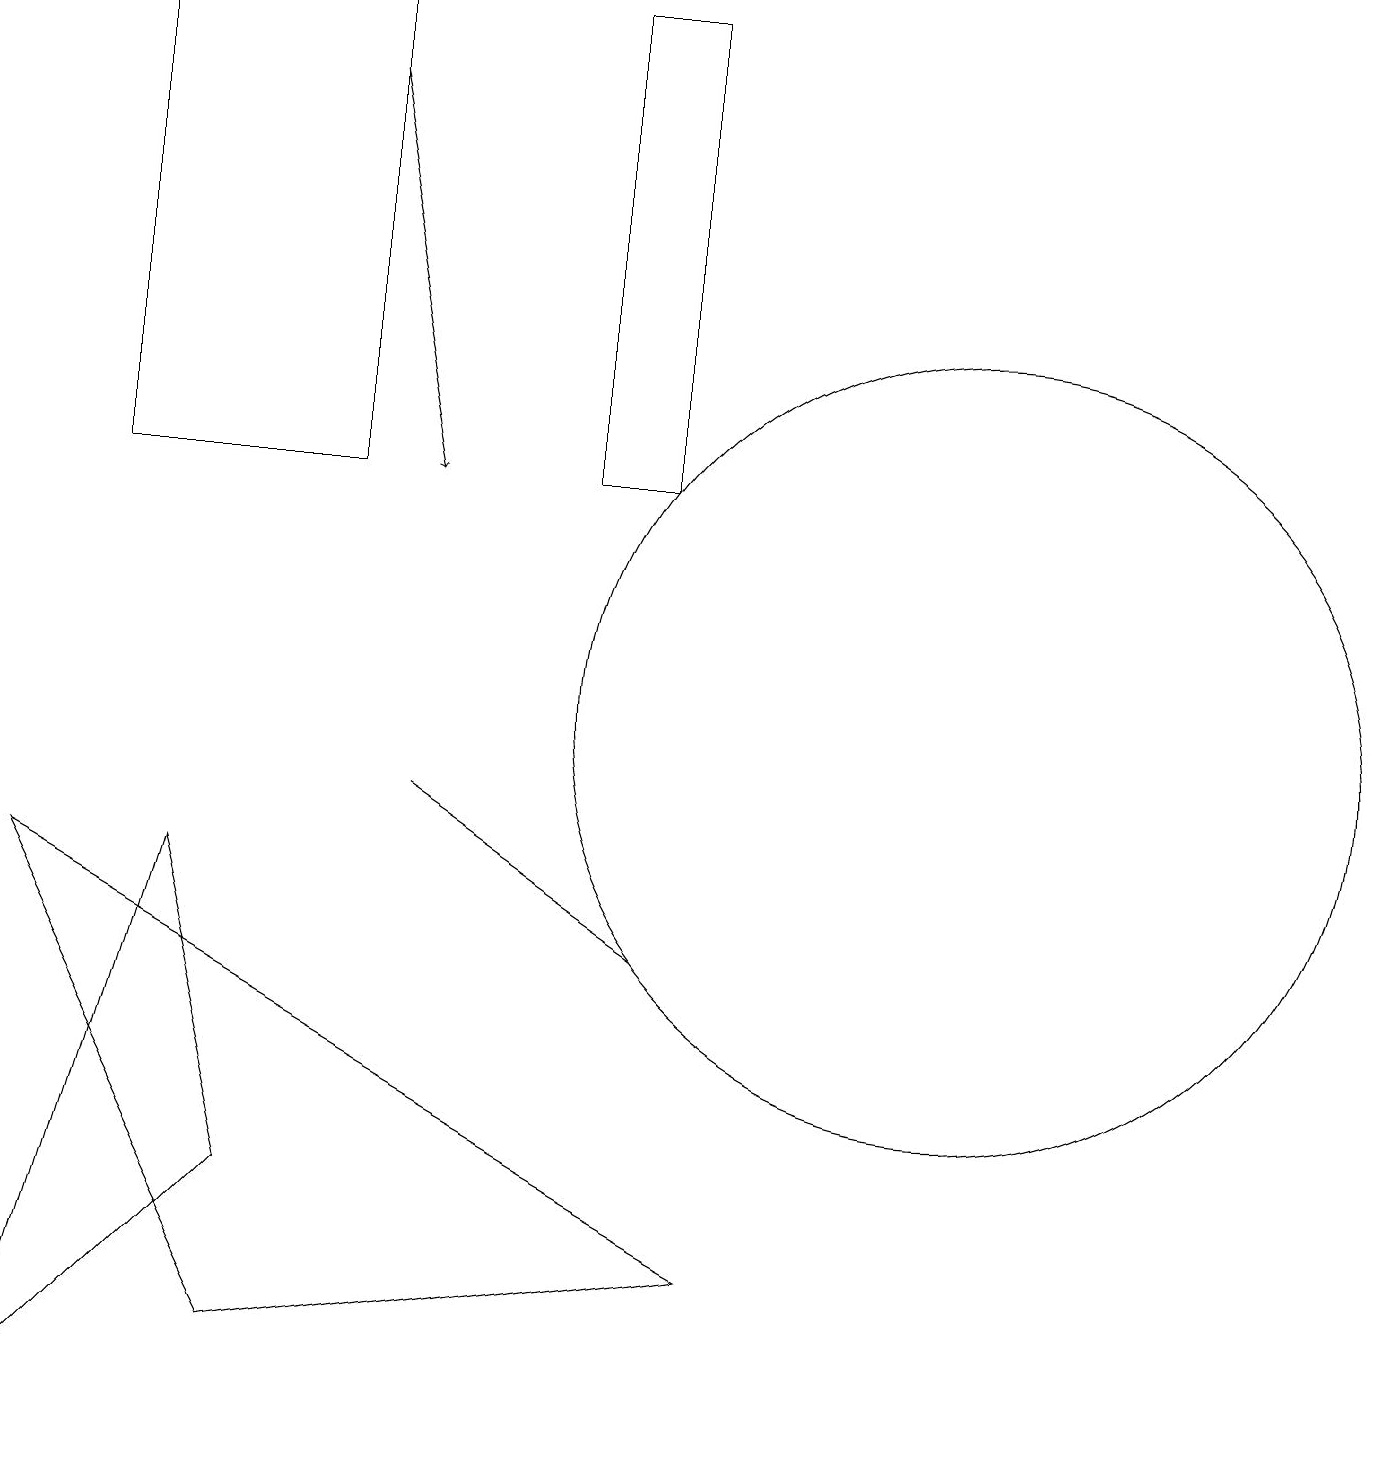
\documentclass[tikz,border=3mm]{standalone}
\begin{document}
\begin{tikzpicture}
\draw (12,10) circle (5);
\draw (8,13) rectangle (7,19);
\draw (0,8) -- (9,3) -- (3,2) -- cycle;
\draw (1,13) rectangle (4,19);
\draw (3,4) -- (0,1) -- (2,8) -- cycle;
\draw (5,9) -- (8,7) -- (8,7) -- cycle;
\draw[->] (4,18) -- (5,13);
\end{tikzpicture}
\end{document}